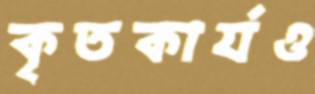
কৃতকার্যও